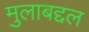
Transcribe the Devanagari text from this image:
मुलाबद्दल